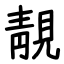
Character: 靚